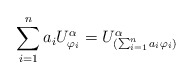
\begin{align*}\sum_{i=1}^n a_i U_{\varphi_i}^{\alpha} = U_{(\sum_{i=1}^n a_i\varphi_i)}^{\alpha}\end{align*}